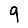
Digit: 9